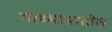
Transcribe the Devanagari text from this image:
माध्यामातील